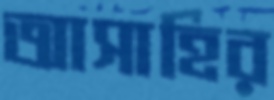
আসাহির